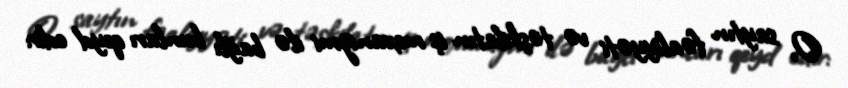
O, saytın fəaliyyəti və təşkilatın iş mexanizmi ilə bağlı bunları qeyd edir: